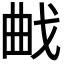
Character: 𭨜